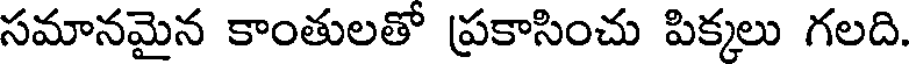
సమానమైన కాంతులతో ప్రకాసించు పిక్కలు గలది.